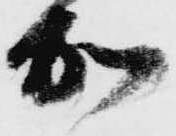
加